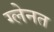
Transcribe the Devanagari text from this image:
ग्लेनत